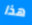
هذا